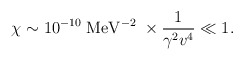
\begin{align*}\chi \sim 10^{-10}\;{\mathrm{MeV}}^{-2}\;\times {1\over \gamma^2 v^4} \ll 1.\end{align*}